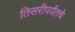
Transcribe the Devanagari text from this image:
तिसरीपर्यंतचे